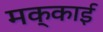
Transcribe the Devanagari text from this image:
मक्काई